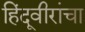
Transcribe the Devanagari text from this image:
हिंदूवीरांचा